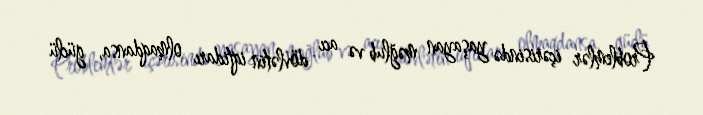
Problemlər içərisində yaşayan məğlub və acı dövlətin iqtidarı olmaqdansa, güclü